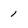
Character: 1